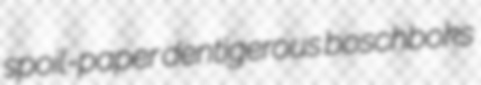
spoil-paper dentigerous boschboks